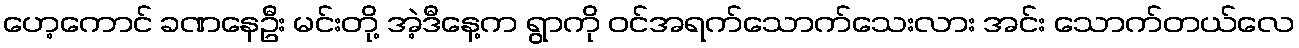
ဟေ့ကောင် ခဏနေဦး မင်းတို့ အဲ့ဒီနေ့က ရွာကို ဝင်အရက်သောက်သေးလား အင်း သောက်တယ်လေ